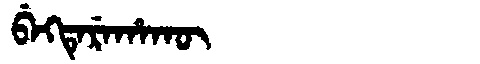
Manchu: ᠪᡝᡴᡨᡝᡵᡝᡥᠠᡴᡡ
Romanization: BEKTEREHAKŪ